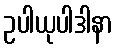
ဥပါယုပါဒါနာ